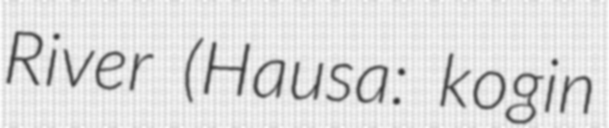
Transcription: River (Hausa: kogin